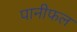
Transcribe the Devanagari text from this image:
पानीफल